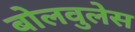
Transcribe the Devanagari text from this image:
बोलवुलेस